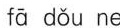
fā dǒu ne